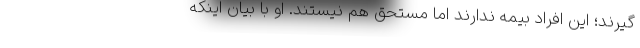
گیرند؛ این افراد بیمه ندارند اما مستحق هم نیستند. او با بیان اینکه